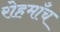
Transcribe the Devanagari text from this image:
रोहमाँच